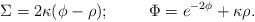
LaTeX: \begin{align*}\Sigma = 2 \kappa (\phi - \rho); \hskip1cm\Phi = e^{-2 \phi } + \kappa \rho.\end{align*}